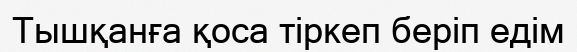
Тышқанға қоса тiркеп берiп едiм